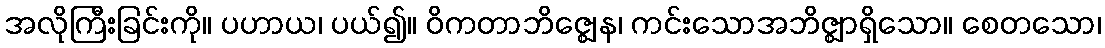
အလိုကြီးခြင်းကို။ ပဟာယ၊ ပယ်၍။ ဝိကတာဘိဇ္ဈေန၊ ကင်းသောအဘိဇ္ဈာရှိသော။ စေတသော၊